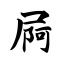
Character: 屙